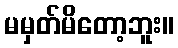
မမှတ်မိတော့ဘူး။